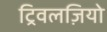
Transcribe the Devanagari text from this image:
ट्रिवलज़ियो